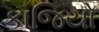
કાજિયો